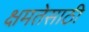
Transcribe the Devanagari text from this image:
क्षमतेसाठी